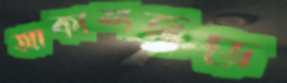
আকাশজুড়ে